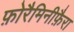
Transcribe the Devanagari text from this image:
फ़ोरैमिनीफ़ैरा